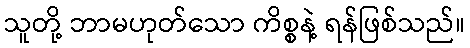
သူတို့ ဘာမဟုတ်သော ကိစ္စနဲ့ ရန်ဖြစ်သည်။